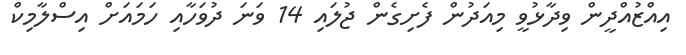
އިއްޒުއްދީން ވިދާޅުވީ މިއަދުން ފެށިގެން ޖުލައި 14 ވަނަ ދުވަހާއި ހަމައަށް އިސްލާމިކް